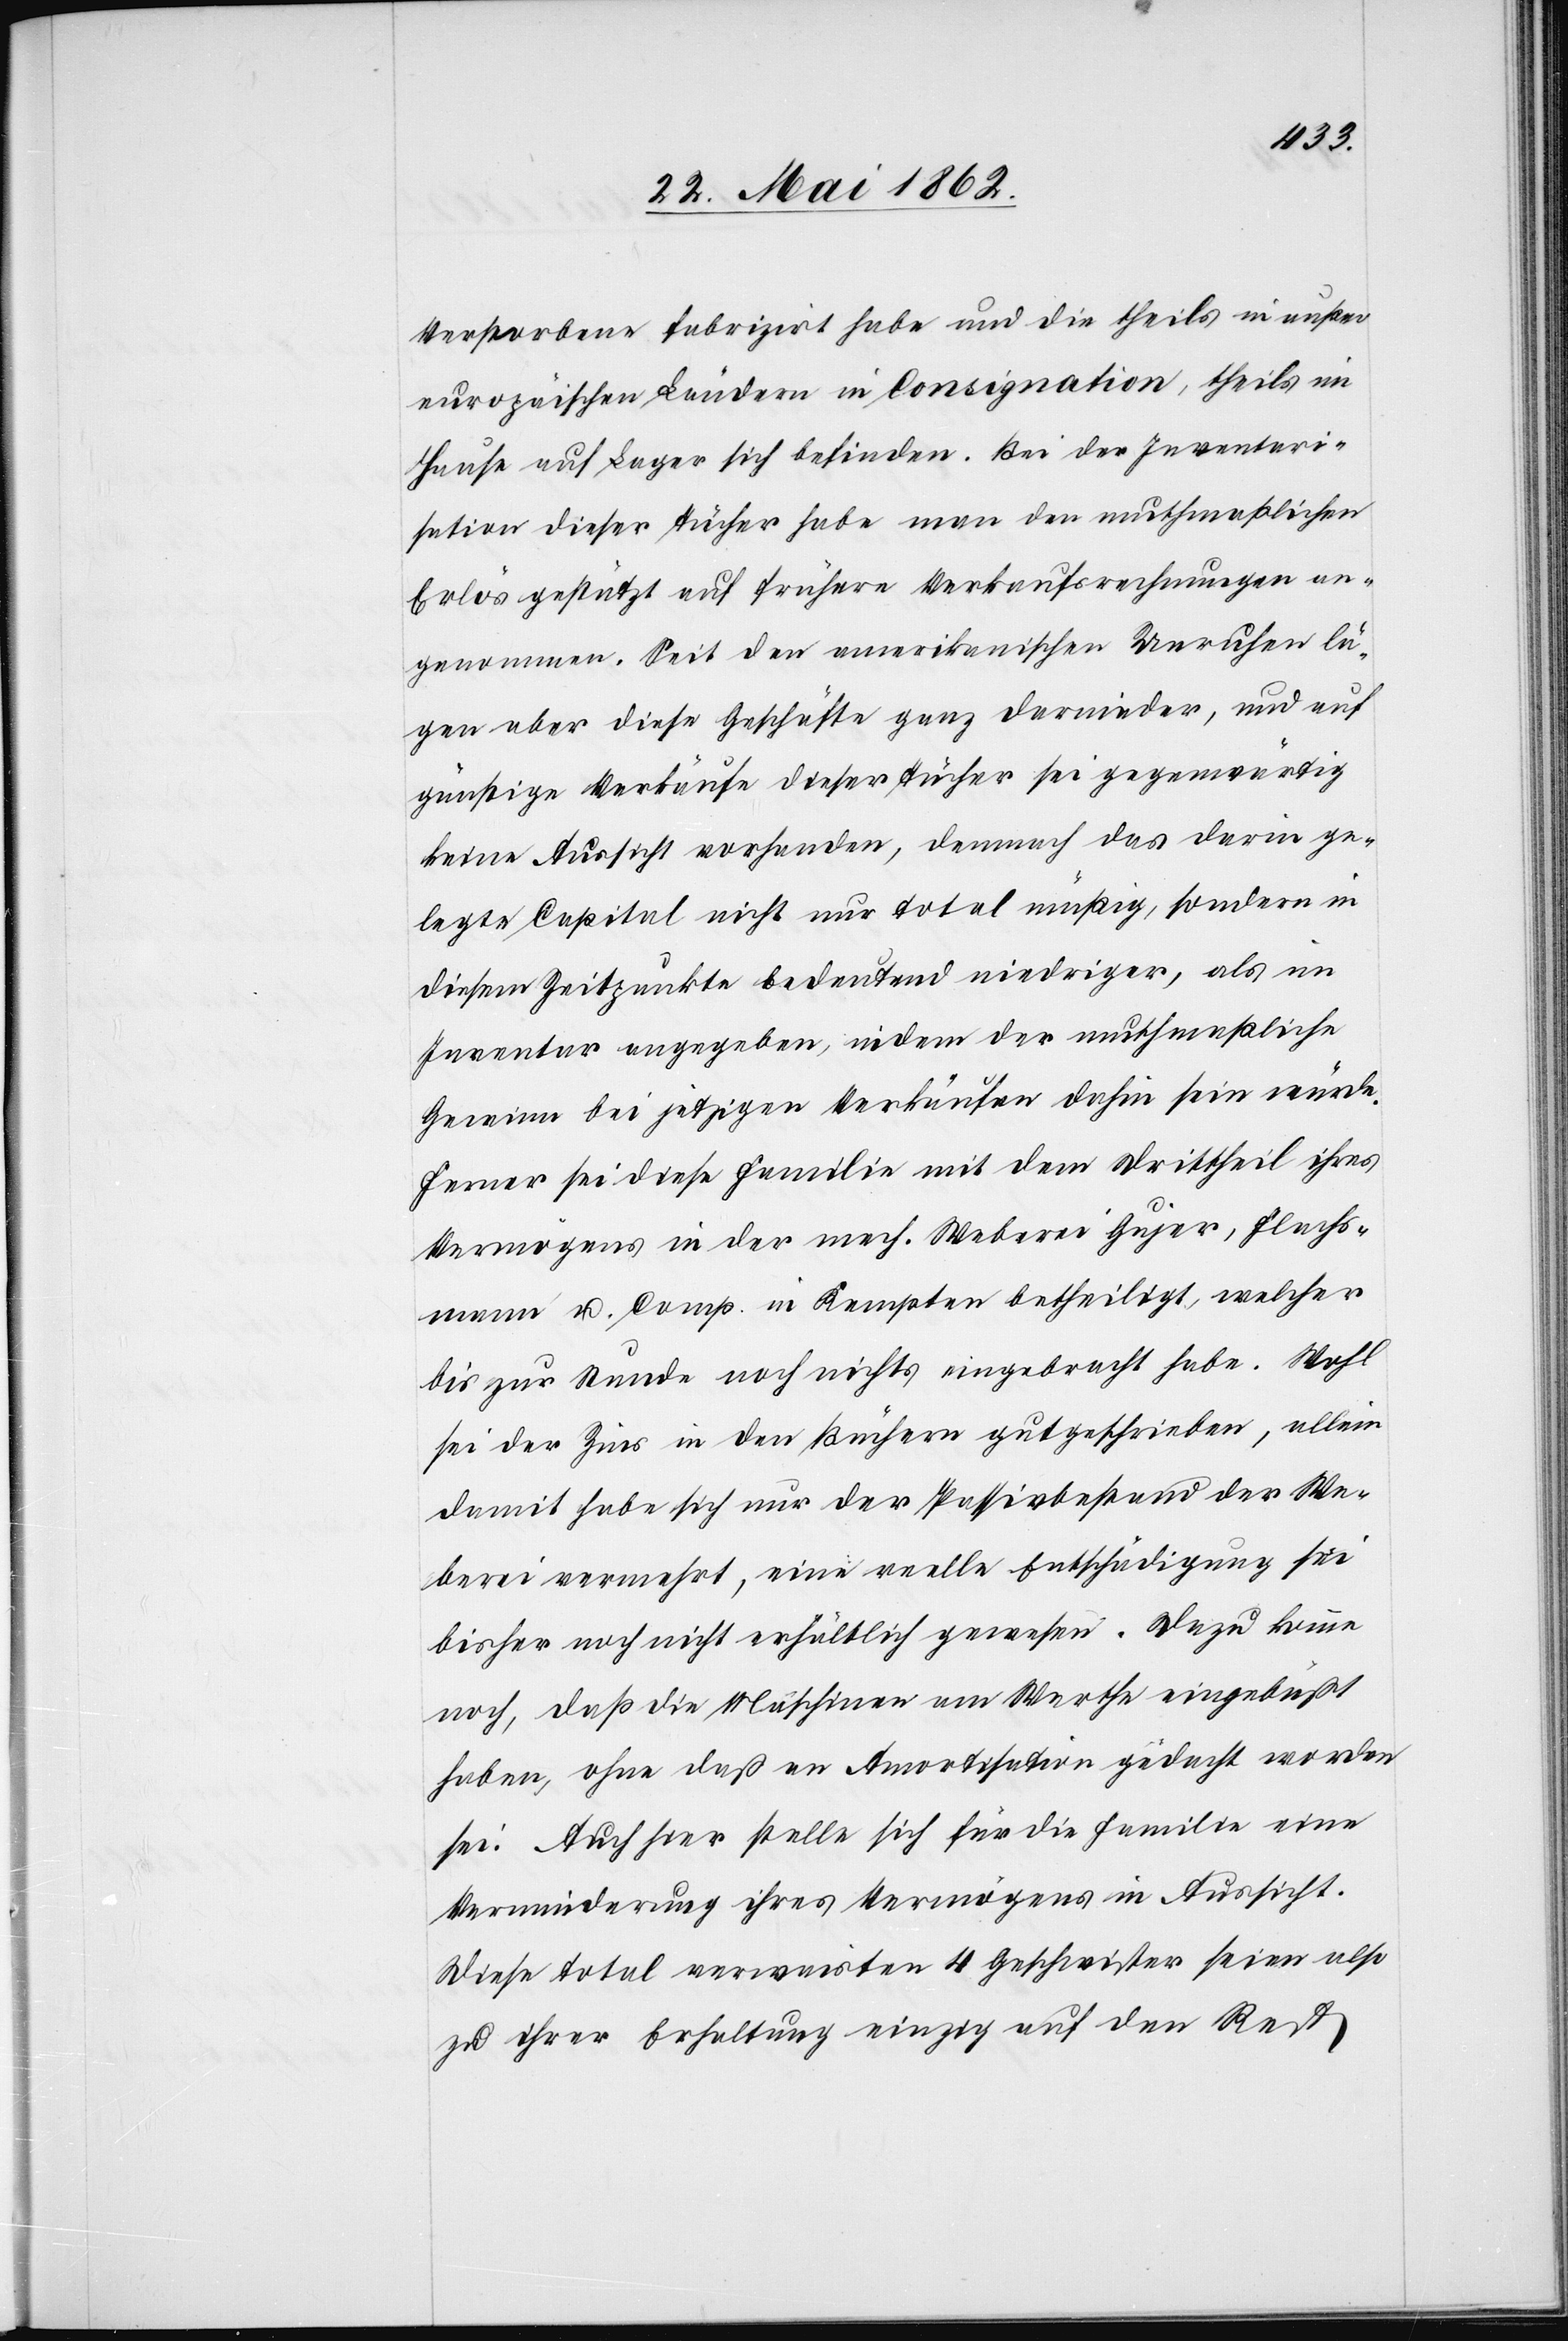
Verstorbene fabrizirt habe und die theils in unsern
europäischen Ländern in Consignation, theils im
Hause auf Lager sich befinden. Bei der Inventari¬
sation dieser Tücher habe man den muthmaßlichen
Erlös gestützt auf frühere Verkaufsrechnungen an¬
genommen. Seit den amerikanischen Unruhen lä¬
gen aber diese Geschäfte ganz darnieder, und auf
günstige Verkäufe dieser Tücher sei gegenwärtig
keine Aussicht vorhanden, demnach das darin ge¬
legte Capital nicht nur total mäßig, sondern in
diesem Zeitpunkte bedeutend niedriger, als im
Inventar angegeben, indem der muthmaßliche
Gewinn bei jetzigen Verkäufen dahin sein würde.
Ferner sei diese Familie mit dem Drittheil ihres
Vermögens in der mech. Weberei Gujer, Flachs¬
mann u. Comp. in Kempten betheiligt, welcher
bis zur Stunde noch nichts eingebracht habe. Wohl
sei der Zins in den Büchern gutgeschrieben, allein
damit habe sich nur der Passivbestand der We¬
berei vermehrt, eine reelle Entschädigung sei
bisher noch nicht erhältlich gewesen. Dazu komme
noch, daß die Maschinen am Werthe eingebüßt
haben, ohne daß an Amortisation gedacht worden
sei. Auch hier stelle sich für die Familie eine
Verminderung ihres Vermögens in Aussicht.
Diese total verwaisten 4 Geschwister seien also
zu ihrer Erhaltung einzig auf den Rest